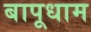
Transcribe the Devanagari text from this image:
बापूधाम